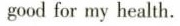
good for my health.